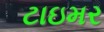
ટાઇમર